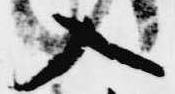
入